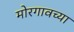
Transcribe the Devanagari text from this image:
मोरगावच्या